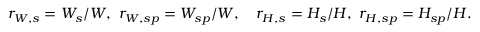
r _ { W , s } = W _ { s } / W , ~ r _ { W , s p } = W _ { s p } / W , ~ ~ ~ r _ { H , s } = H _ { s } / H , ~ r _ { H , s p } = H _ { s p } / H .